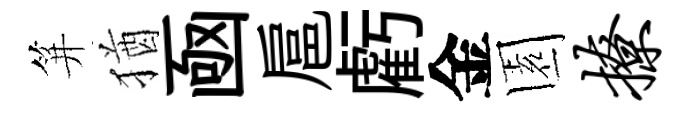
笄猶凾扈虧金園撩